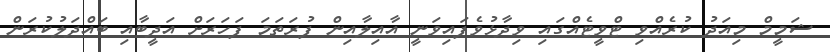
ޝަމީމް މިއަދު ކުރެއްވި ޓްވީޓެއްގައި ވިދާޅުވެފައިވަނީ އާއިލާއިން ފުރަތަމަ ފަހަރަށް އަދީބާއި ބައްދަލުކުރަން